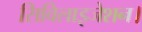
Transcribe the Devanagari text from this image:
सिविलाइजेशन।